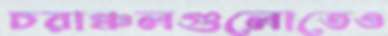
চরাঞ্চলগুলোতেও